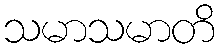
သမာသမာတိ